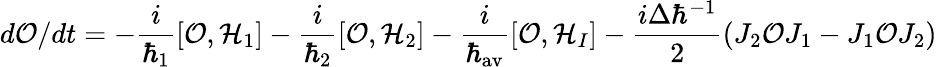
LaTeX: d{\cal O}/dt=-{\frac{i}{\hbar_{1}}}[{\cal O},{\cal H}_{1}]-{\frac{i}{\hbar_{2}}}[{\cal O},{\cal H}_{2}]-{\frac{i}{\hbar_{\mathrm{av}}}}[{\cal O},{\cal H}_{I}]-{\frac{i\Delta\hbar^{-1}}{2}}(J_{2}{\cal O}J_{1}-J_{1}{\cal O}J_{2})